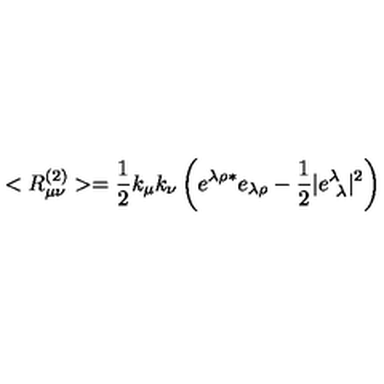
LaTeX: < R _ { \mu \nu } ^ { ( 2 ) } > = \frac { 1 } { 2 } k _ { \mu } k _ { \nu } \left( e ^ { \lambda \rho * } e _ { \lambda \rho } - \frac { 1 } { 2 } | e _ { \ \lambda } ^ { \lambda } | ^ { 2 } \right)